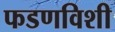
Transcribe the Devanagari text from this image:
फडणविशी